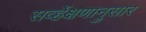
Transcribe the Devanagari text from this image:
सर्व्हेक्षणानुसार